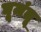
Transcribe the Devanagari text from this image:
घूमंतू